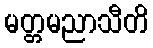
မတ္တမညာသီတိ